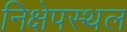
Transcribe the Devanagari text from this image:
निक्षेपस्थल